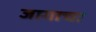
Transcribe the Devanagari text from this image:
जागाचा